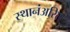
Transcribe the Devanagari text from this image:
स्थानंअरित